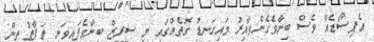
އެޕިސޯޑެއް ވެސް ބިނާވެގެންވާއިރު މައިގަނޑު ގޮތެއްގައި މި ސީރީޒް ބިނާވެފައިވަނީ ތަފާތު ތިން